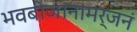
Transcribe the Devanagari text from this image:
भवबीजानामर्जनं